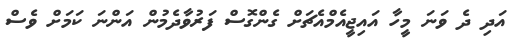
އަދި ދެ ވަނަ މީހާ އައިޖީއެމްއެޗަށް ގެންގޮސް ފަރުވާދެމުން އަންނަ ކަމަށް ވެސް